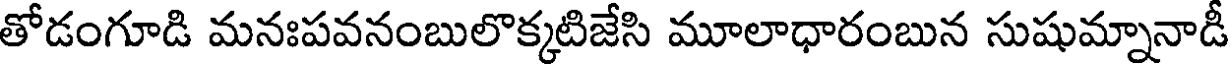
తోడంగూడి మనఃపవనంబులొక్కటిజేసి మూలాధారంబున సుషుమ్నానాడీ